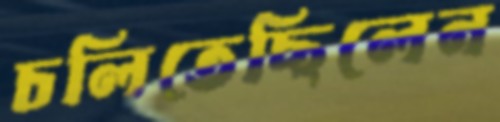
চলিতেছিলেন